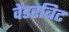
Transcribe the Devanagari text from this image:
वेंडरबिट